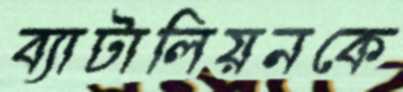
ব্যাটালিয়নকে